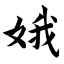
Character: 娥